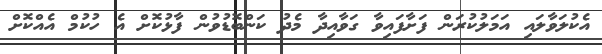
އެކުލަވާލައި އަމަލުކުރަން ފަށާފައިވާ ގަވާއިދާ މެދު ކަންބޮޑުވުން ފާޅުކޮށް އެ ހުކުމް އެއްކޮށް